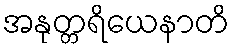
အနုတ္တရိယေနာတိ